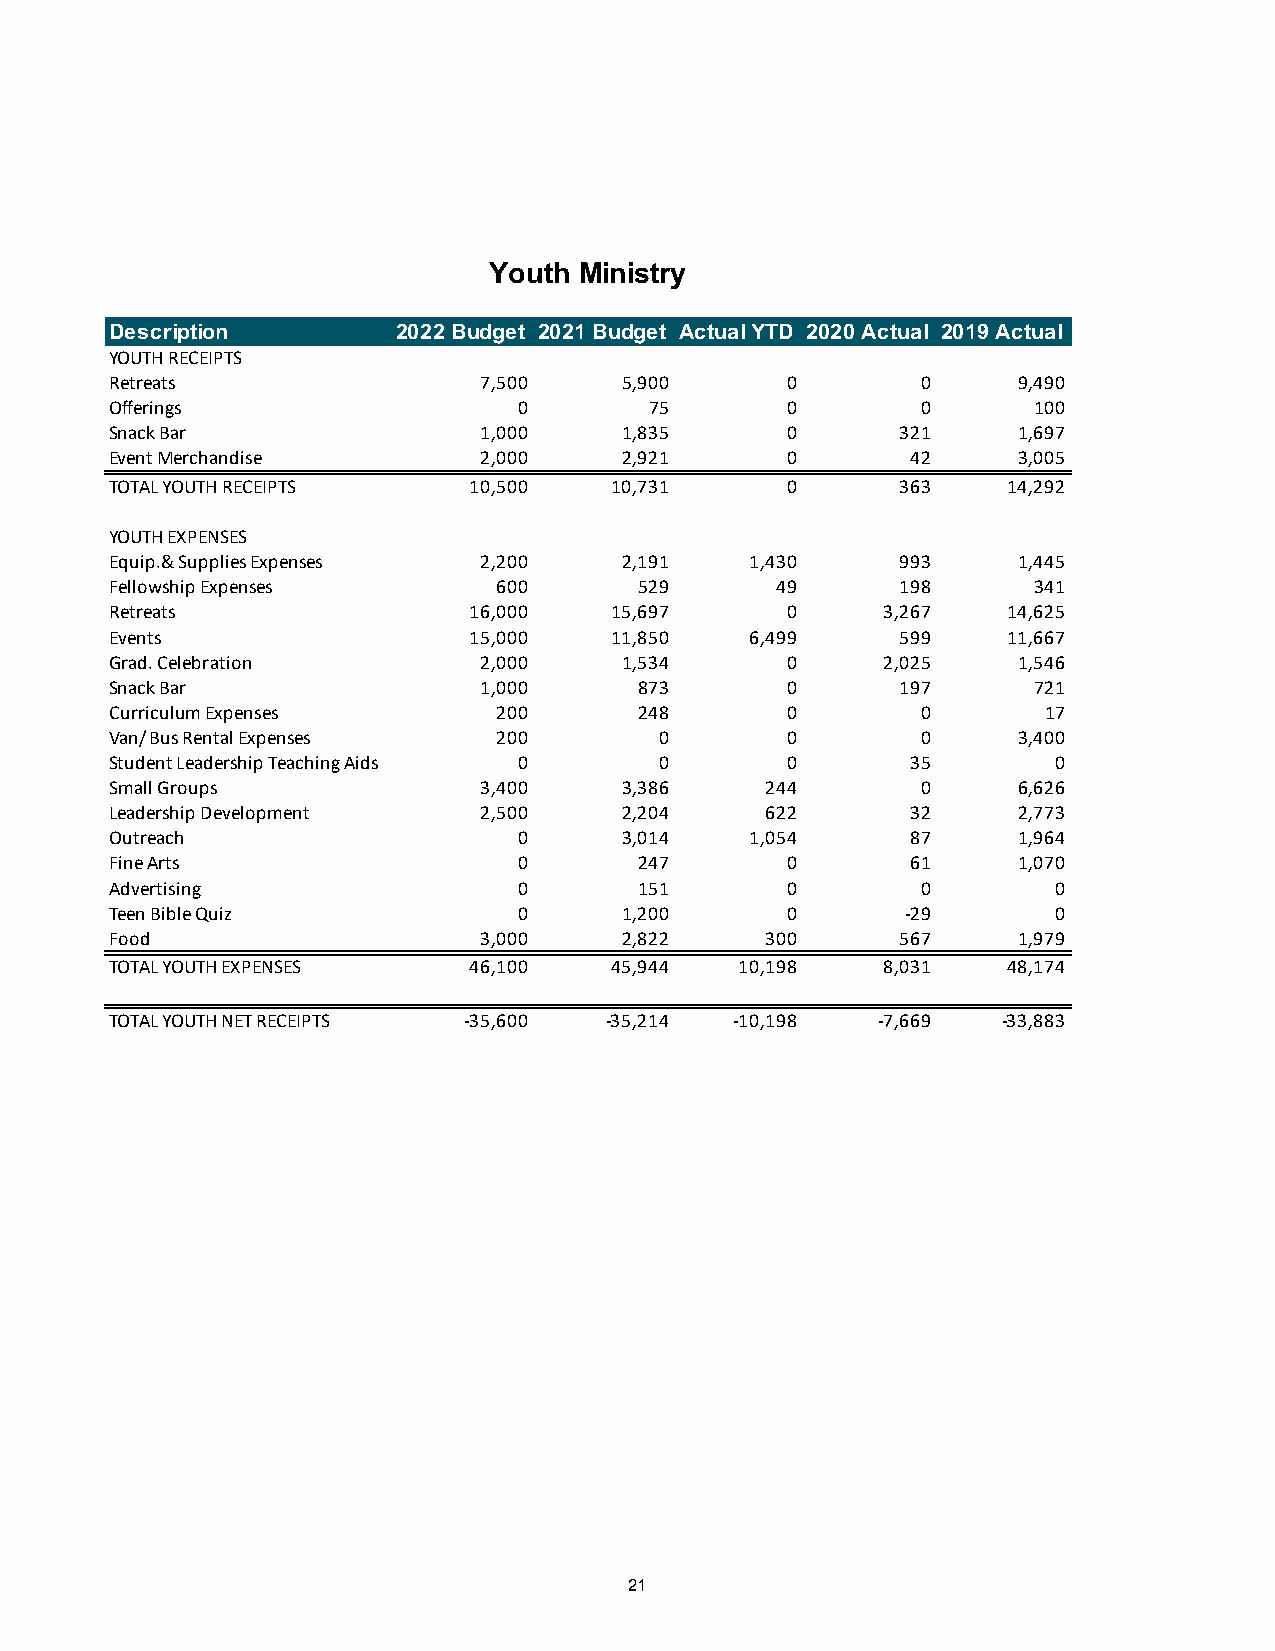
Youth Ministry
 Description        2022 Budget 2021 Budget Actual YTD 2020 Actual 2019 Actual
 YOUTH RECEIPTS
 Retreats                 7,500    5,900      0        0     9,490
 Offerings                  0        75       0        0      100
 Snack Bar                1,000    1,835      0       321    1,697
 Event Merchandise        2,000    2,921      0       42     3,005
 TOTAL YOUTH RECEIPTS    10,500   10,731      0       363    14,292
 YOUTH EXPENSES
 Equip.& Supplies Expenses 2,200   2,191    1,430     993    1,445
 Fellowship Expenses       600      529      49       198     341
 Retreats                16,000   15,697      0     3,267    14,625
 Events                  15,000   11,850    6,499     599    11,667
 Grad. Celebration        2,000    1,534      0     2,025    1,546
 Snack Bar                1,000     873       0       197     721
 Curriculum Expenses       200      248       0        0       17
 Van/ Bus Rental Expenses  200        0       0        0     3,400
 Student Leadership Teaching Aids 0   0       0       35        0
 Small Groups             3,400    3,386     244       0     6,626
 Leadership Development   2,500    2,204     622      32     2,773
 Outreach                   0      3,014    1,054     87     1,964
 Fine Arts                  0       247       0       61     1,070
 Advertising                0       151       0        0        0
 Teen Bible Quiz            0      1,200      0       -29       0
 Food                     3,000    2,822     300      567    1,979
 TOTAL YOUTH EXPENSES    46,100   45,944   10,198   8,031    48,174
 TOTAL YOUTH NET RECEIPTS -35,600 -35,214  -10,198  -7,669  -33,883
 21